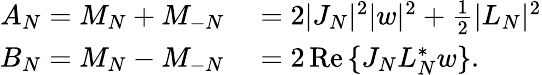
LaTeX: \begin{array}{rl}{A_{N}=M_{N}+M_{-N}}&{{}=2|J_{N}|^{2}|w|^{2}+\frac{1}{2}|L_{N}|^{2}}\\ {B_{N}=M_{N}-M_{-N}}&{{}=2\operatorname{Re}{\{ J_{N}L_{N}^{*}w\} }.}\end{array}